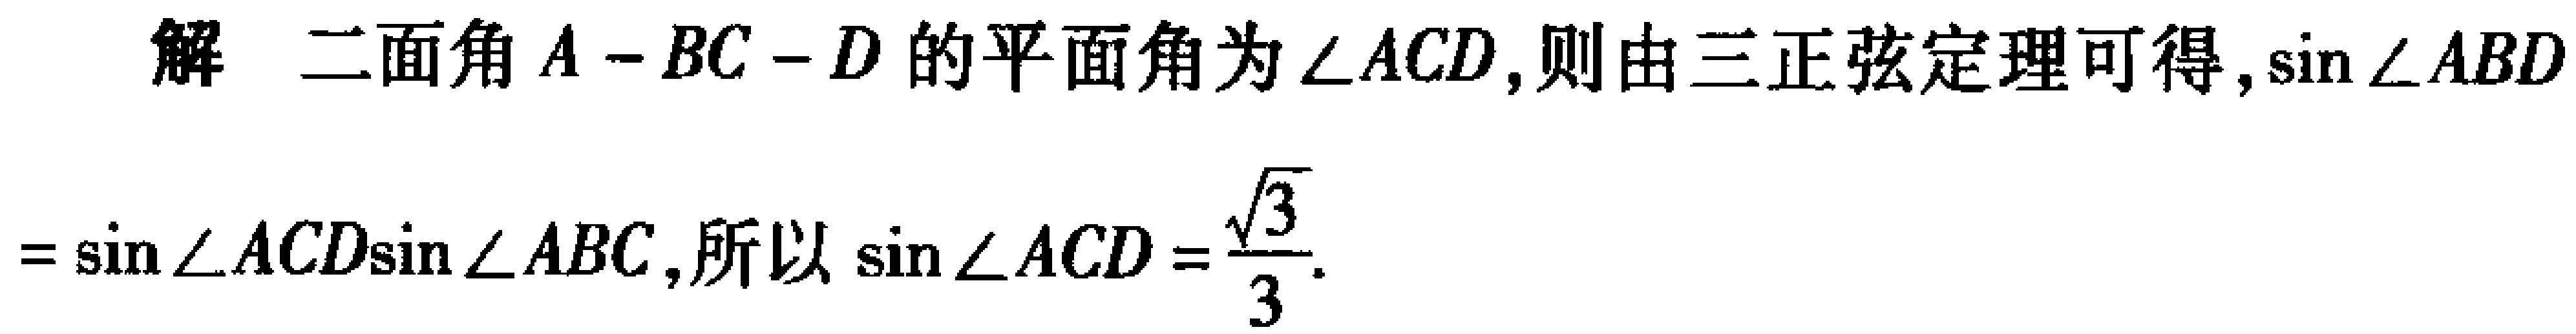
解 二面角 \(A - BC - D\) 的平面角为 \(\angle ACD\),则由三正弦定理可得,\(\sin\angle ABD\)
\(=\sin\angle ACD\sin\angle ABC\),所以 \(\sin\angle ACD=\frac{\sqrt{3}}{3}\).